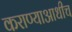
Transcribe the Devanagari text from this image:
कराण्याआधीच